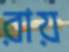
রায়